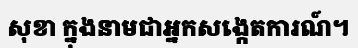
សុខា ក្នុងនាមជាអ្នកសង្កេតការណ៍។